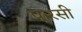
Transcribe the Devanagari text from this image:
प़ारसी